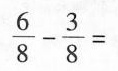
\frac{6}{8}- \frac{3}{8}=